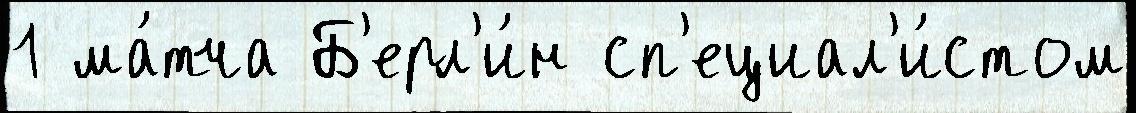
1 ма́тча Б'ерл'и́н сп'ециал'и́стом